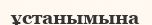
ұстанымына